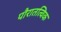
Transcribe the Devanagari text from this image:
पौरातत्विक